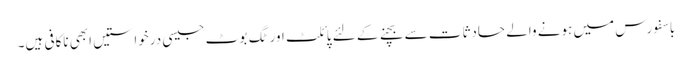
باسفورس میں ہونے والے حادثات سے بچنے کے لئے پائلٹ اور ٹگ بوٹ جیسی درخواستیں ابھی ناکافی ہیں۔